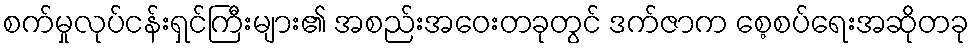
စက်မှုလုပ်ငန်းရှင်ကြီးများ၏ အစည်းအဝေးတခုတွင် ဒက်ဇာက စေ့စပ်ရေးအဆိုတခု